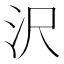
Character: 沢